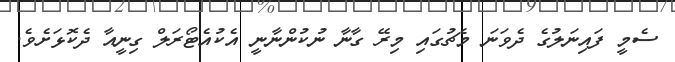
ސެމީ ފައިނަލުގެ ދެވަނަ މެޗުގައި މިރޭ ގާނާ ނުކުންނާނީ އެކުއެޓޯރަލް ގިނީއާ ދެކޮޅަށެވެ.